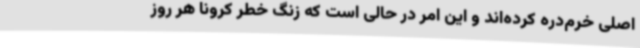
اصلی خرم‌دره کرده‌اند و این امر در حالی است که زنگ خطر کرونا هر روز